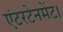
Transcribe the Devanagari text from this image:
एंटरटेनमेंट।